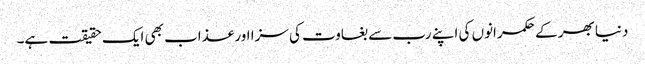
دنیا بھر کے حکمرانوں کی اپنے رب سے بغاوت کی سزا اور عذاب بھی ایک حقیقت ہے۔